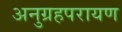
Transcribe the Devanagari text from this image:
अनुग्रहपरायण